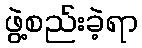
ဖွဲ့စည်းခဲ့ရာ